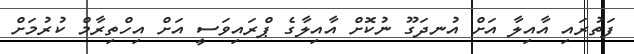
ފަތުރައި އާއިލާ އަށް އުނދަގޫ ނުކޮށް އާއިލާގެ ޕްރައިވަސީ އަށް އިހްތިރާމް ކުރުމަށް